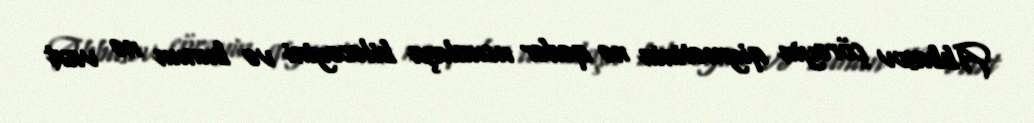
Abbasov çörəyin qiymətinin nə qədər ucuzlaşa biləcəyini və bunun nə vaxt